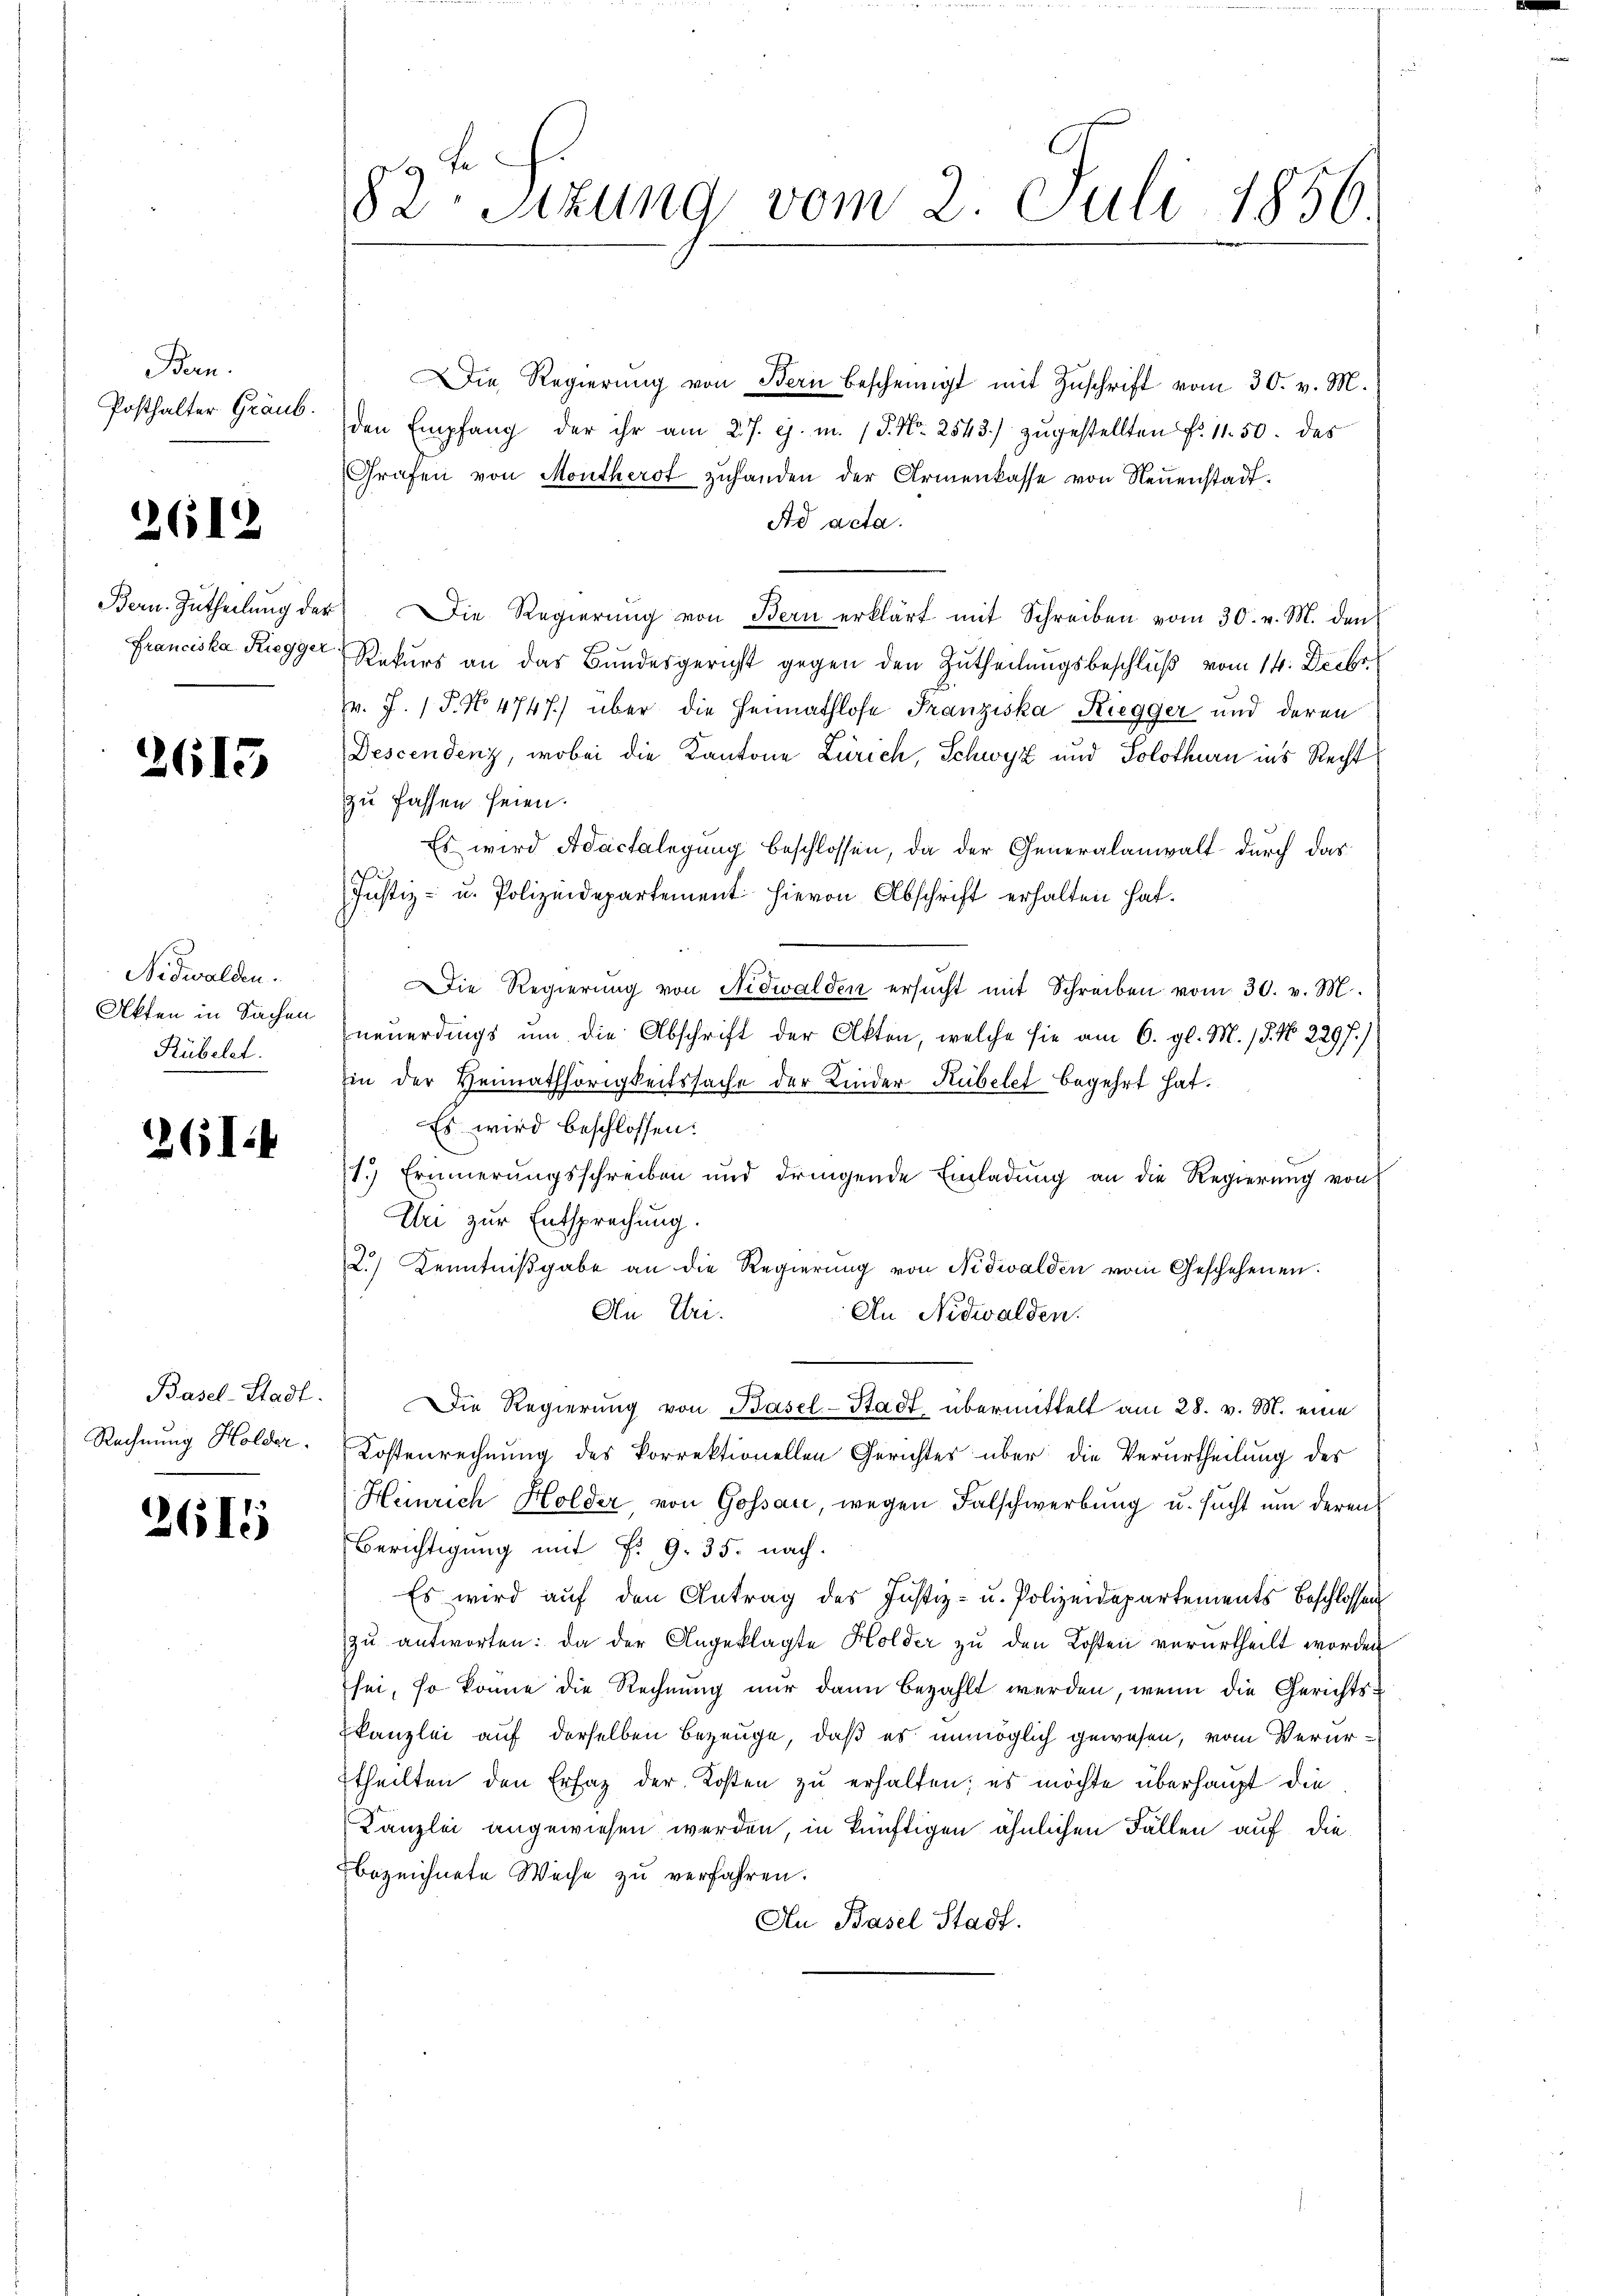
Bern.
Posthalter Graub.

2612

Bern. Zutheilung des
Franciska Riegger

2615

Nidwalden.
Akten in Sachen
Rübelet.

261.

Basel-Stadt.
Rechnung Holder.

2615

82. Sitzung vom 2. Juli 1856

Die Regierŭng von Bern bescheinigt mit Zŭschrift vom 30. v. M.
den Empfang der ihr am 27. ej. m. / P. Nr. 2543) zŭgestellten Fr. 11. 50. des
Grafen von Montherst zŭhanden der Armenkasse von Neŭenstadt.
Ad acta.
 Die Regierŭng von Bern erklärt mit Schreiben vom 30. v. M. den
Rekurs an das Bundesgericht gegen den Zutheilungsbeschluß vom 14. Decbr.
v. J. P. No 4747) über die Heimathlose Franziska Riegger und deren
Descendenz, wobei die Kantone Zürich, Schwyz und Solothurn ins Recht
zu fassen seien.
Es wird Adactelegung beschlossen, da der Generalanwalt durch das
Justiz- u. Polizeidepartement hievon Abschrift erhalten hat.
ie Regierung von Nidwalden ersŭcht mit Schreiben vom 30. v. M.
neuerdings um die Abschrift der Akten, welche sie am 6. gl. M. 18. No 229 f.)
hin der Heimathörigkeitssache der Kinder Rubelet begehrt hat.
Es wird beschlossen:
1.) Erinnerungsschreiben und dringende Einladung an die Regierung von
Uri zur Entsprechung.
2.) Kenntniβgabe an die Regierung von Nidwalden vom Geschehenen.
An Uri.
An Nidwalden.
Die Regierŭng von Basel-Stadt übermittelt am 28. v. M. eine
Kostenrechnung des Vorrektionellen Gerichtes über die Verurtheilung des
Heinrich Holder von Gossau, wegen Falschwerbung u. sucht um deren
Berichtigung mit §. 9. 35. nach.
Es wird auf den Antrag des Justiz- u. Polizeidepartements Beschlossen
zu antworten: da der Angeklagte Holder zu den Kosten verurtheilt worden
sei, so könne die Rechnung nur dann bezahlt werden, wenn die Gerichtskanzlei auf derselben Bezeuge, daß es unmöglich gewesen, vom Verurttheilten den Ersatz der Kosten zu erhalten; es möchte überhaupt die
Kanzlei angewiesen werden, in künftigen ähnlichen Fällen auf die
bezeichnete Weise zu verfahren.
An Basel Stadt.